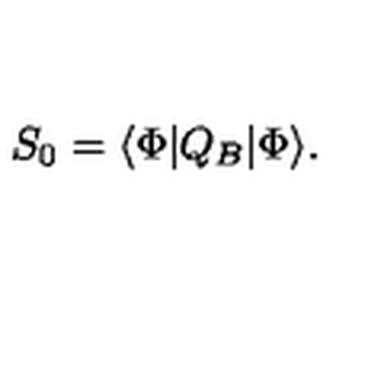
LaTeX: S _ { 0 } = \langle \Phi | Q _ { B } | \Phi \rangle .